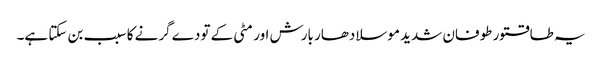
یہ طاقتور طوفان شدید موسلادھار بارش اور مٹی کے تودے گرنے کا سبب بن سکتا ہے۔